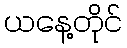
ယနေ့တိုင်